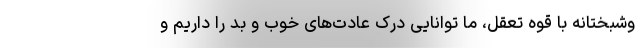
وشبختانه با قوه تعقل، ما توانایی درک عادت‌های خوب و بد را داریم و